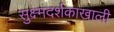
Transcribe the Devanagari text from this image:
सुक्ष्मदर्शकाखाली